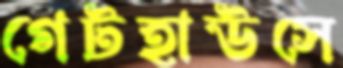
গেটহাউসে